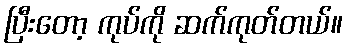
ပြီးတော့ ကုပ်ကို ဆက်ကုတ်တယ်။